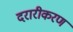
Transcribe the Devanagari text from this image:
दरारीकरण